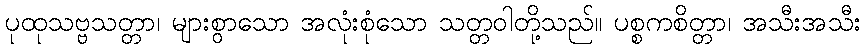
ပုထုသဗ္ဗသတ္တာ၊ များစွာသော အလုံးစုံသော သတ္တဝါတို့သည်။ ပစ္စကစိတ္တာ၊ အသီးအသီး